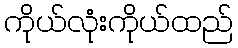
ကိုယ်လုံးကိုယ်ထည်